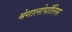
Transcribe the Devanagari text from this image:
मेगालोपॉलिस